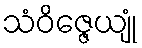
သံဝိဇ္ဇေယျုံ